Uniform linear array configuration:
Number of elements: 64
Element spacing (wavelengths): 0.25
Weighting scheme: uniform
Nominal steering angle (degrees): -30
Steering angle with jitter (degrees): -28.662
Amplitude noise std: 0.05
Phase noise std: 0.05

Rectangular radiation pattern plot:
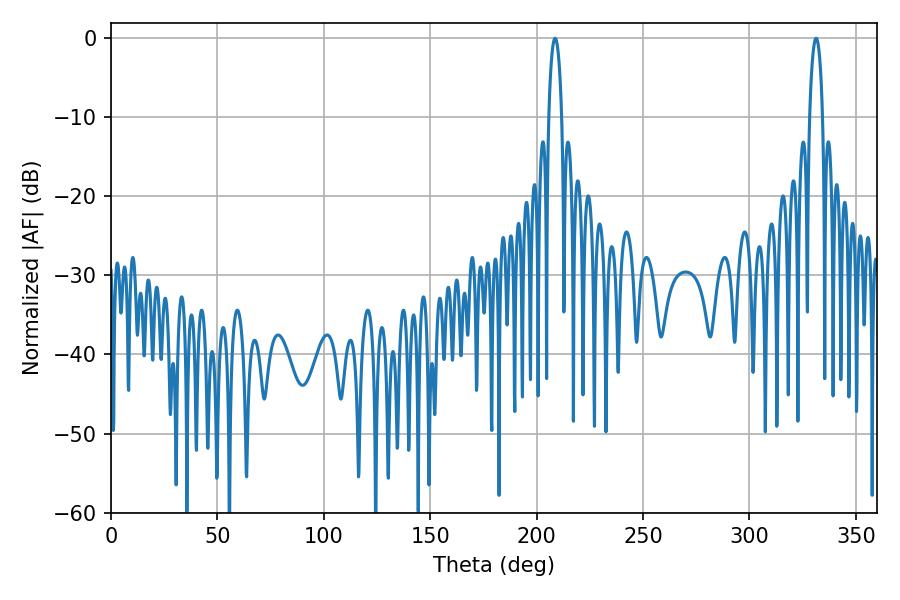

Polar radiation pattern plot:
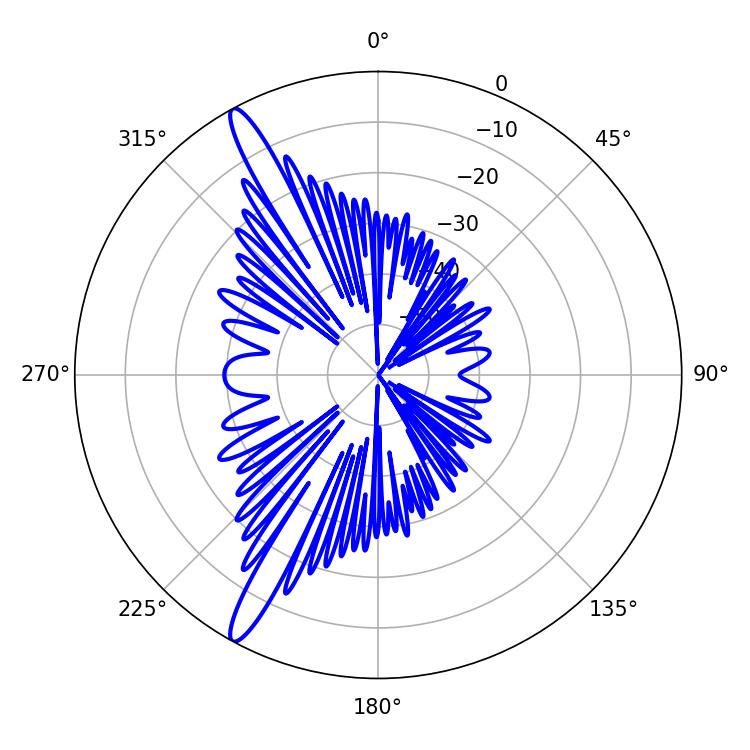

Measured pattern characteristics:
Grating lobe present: FALSE
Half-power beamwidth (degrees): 3.42
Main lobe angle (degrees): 331.38